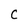
Character: C